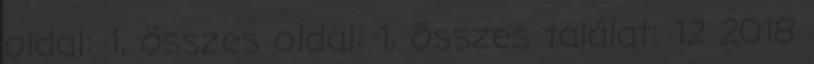
oldal: 1, összes oldal: 1, összes találat: 12 2018